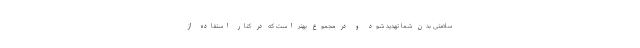
سلامتی بدن شما تهدید شود و در مجموع بهتر است که در کنار استفاده از